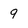
Character: q